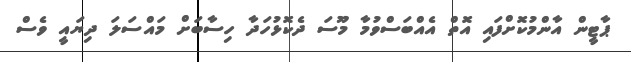
ޕާޓީން އާންމުކޮށްފައި އޮތް އެއްބަސްވުމާ މޫސަ ދެކޮޅުހަދާ ހިސާބަށް މައްސަލަ ދިޔައީ ވެސް